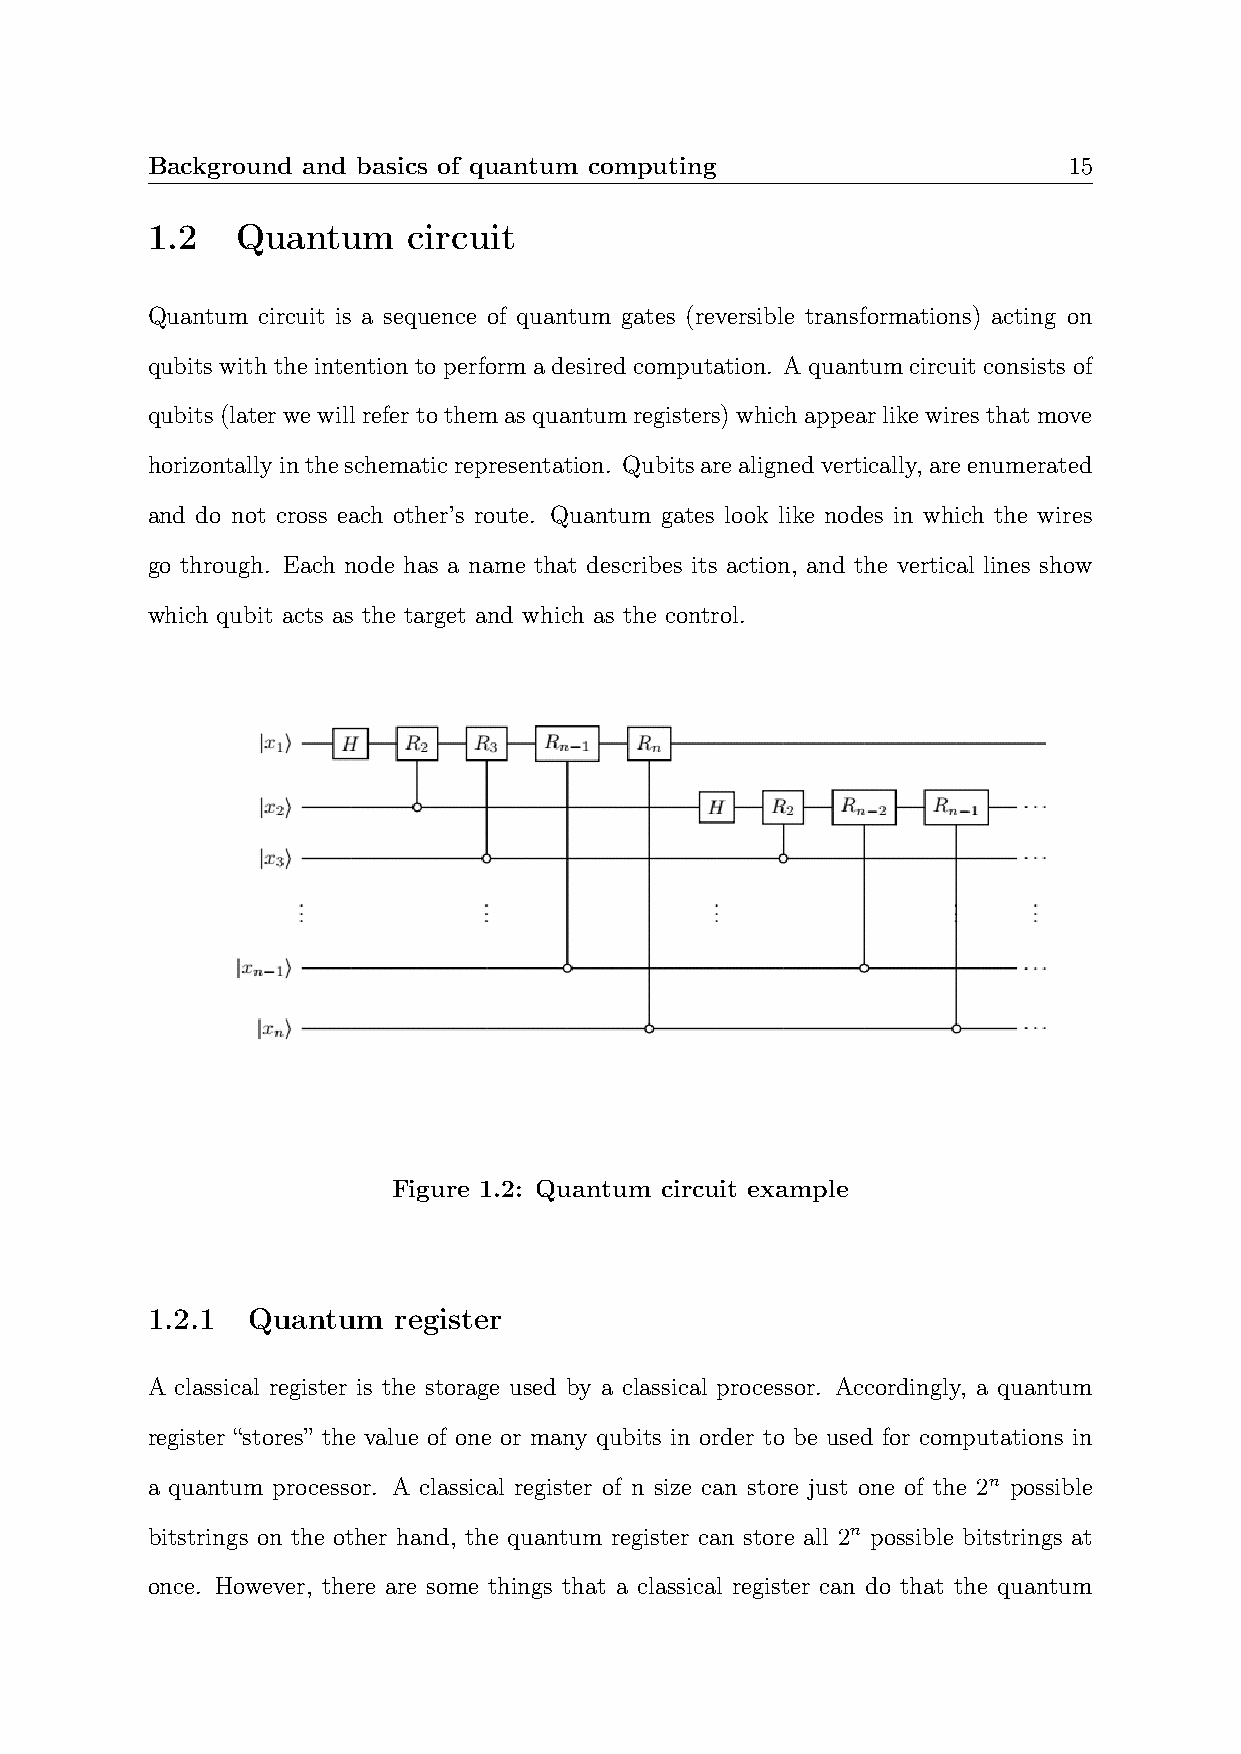
Background and basics of quantum computing                   15
 1.2   Quantum    circuit
 Quantum circuit is a sequence of quantum gates (reversible transformations) acting on
 qubits with the intention to perform a desired computation. A quantum circuit consists of
 qubits(laterwewillrefertothemasquantumregisters)whichappearlikewiresthatmove
 horizontallyintheschematicrepresentation. Qubitsarealignedvertically, areenumerated
 and do not cross each other’s route. Quantum gates look like nodes in which the wires
 go through. Each node has a name that describes its action, and the vertical lines show
 which qubit acts as the target and which as the control.
 Figure 1.2: Quantum circuit example
 1.2.1 Quantum   register
 A classical register is the storage used by a classical processor. Accordingly, a quantum
 register “stores” the value of one or many qubits in order to be used for computations in
 a quantum processor. A classical register of n size can store just one of the 2n possible
 bitstrings on the other hand, the quantum register can store all 2n possible bitstrings at
 once. However, there are some things that a classical register can do that the quantum